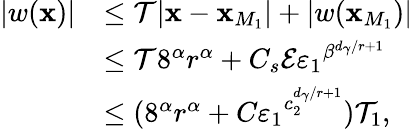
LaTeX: \begin{array}{rl}{|w(\mathbf{x})|}&{\leq\mathcal{T}|\mathbf{x}-\mathbf{x}_{M_{1}}|+|w(\mathbf{x}_{M_{1}})|}\\ &{\leq\mathcal{T}8^{\alpha}r^{\alpha}+C_{s}\mathcal{E}{\varepsilon_{1}}^{\beta^{d_{\gamma}/r+1}}}\\ &{\leq(8^{\alpha}r^{\alpha}+{C\varepsilon_{1}}^{c_{2}^{d_{\gamma}/r+1}})\mathcal{T}_{1},}\end{array}